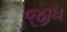
જીધ